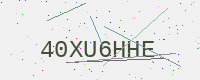
Text: 40XU6HHE